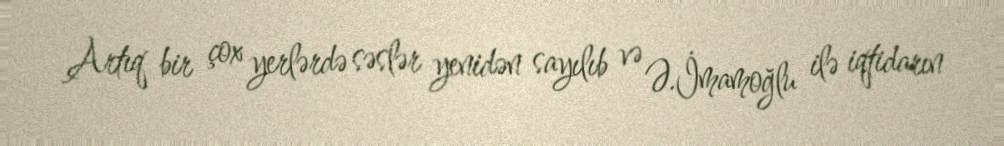
Artıq bir çox yerlərdə səslər yenidən sayılıb və Ə.İmamoğlu ilə iqtidarın